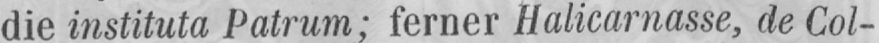
die instituta Patrum; ferner Halicarnasse, de Col-